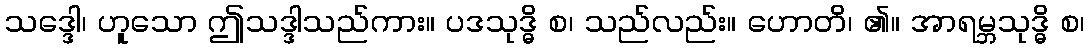
သဒ္ဒေါ၊ ဟူသော ဤသဒ္ဒါသည်ကား။ ပဒသုဒ္ဓိ စ၊ သည်လည်း။ ဟောတိ၊ ၏။ အာရမ္ဘသုဒ္ဓိ စ၊